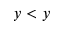
y < y